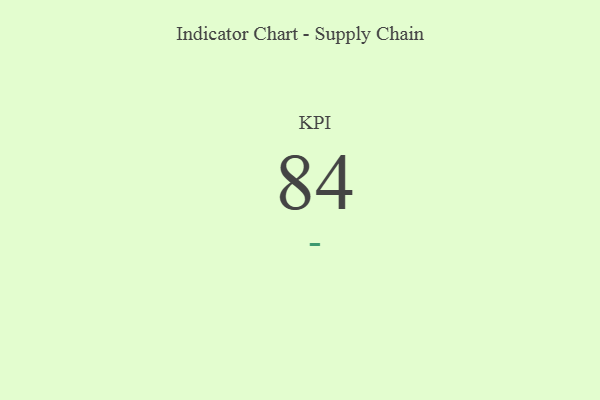
{"axis": {"x": "KPI", "y": "Value"}, "legend": [""], "data": [{"x": "KPI", "y": 84, "type": ""}]}